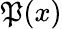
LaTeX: \mathfrak{P}(x)